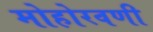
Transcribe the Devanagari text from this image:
मोहोरवणी